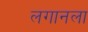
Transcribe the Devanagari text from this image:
लगानला